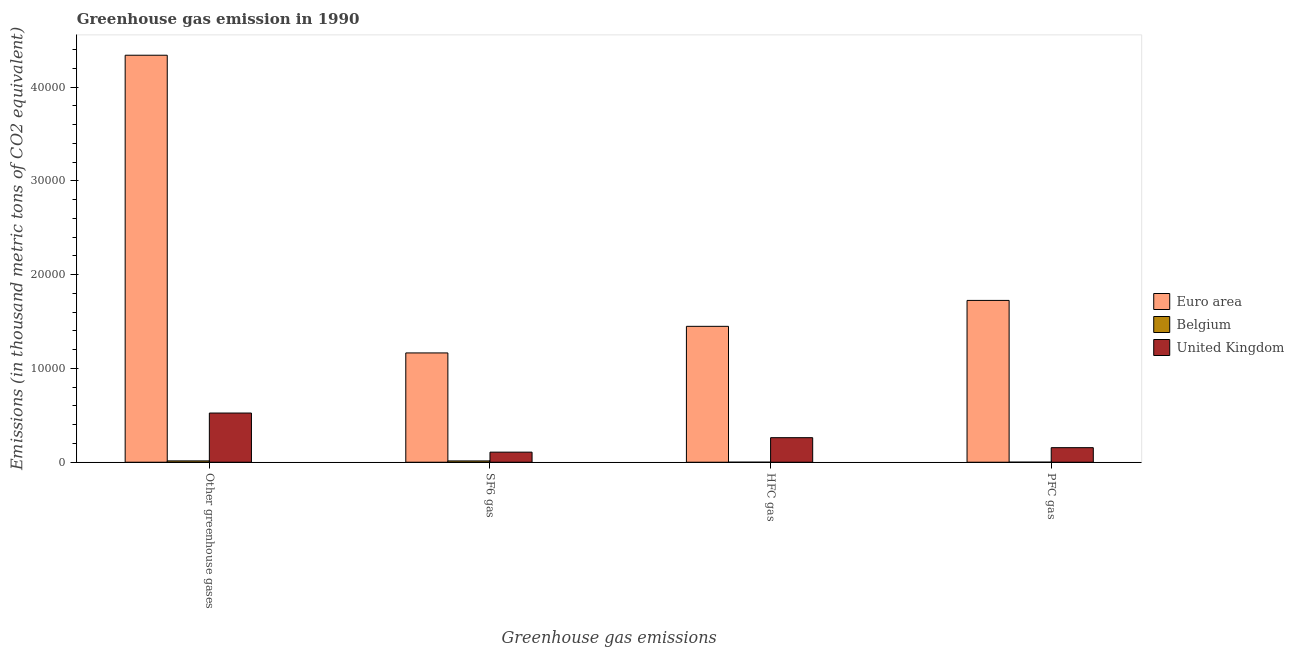
| Greenhouse gas emissions | Euro area | Belgium | United Kingdom |
 | --- | --- | --- | --- |
 | Other greenhouse gases | 4.34e+04 | 142 | 5.24e+03 |
 | SF6 gas | 1.17e+04 | 138 | 1.07e+03 |
 | HFC gas | 1.45e+04 | 0.5 | 2.62e+03 |
 | PFC gas | 1.73e+04 | 2.9 | 1.55e+03 |